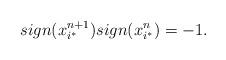
LaTeX: \begin{align*}sign(x_{i^{*}}^{n+1})sign(x_{i^{*}}^{n})=-1.\end{align*}